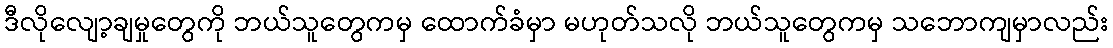
ဒီလိုလျော့ချမှုတွေကို ဘယ်သူတွေကမှ ထောက်ခံမှာ မဟုတ်သလို ဘယ်သူတွေကမှ သဘောကျမှာလည်း